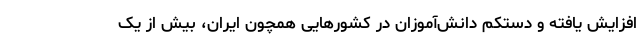
افزایش یافته و دستکم دانش‌آموزان در کشورهایی همچون ایران، بیش از یک